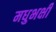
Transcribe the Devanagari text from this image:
मधुभक्षी